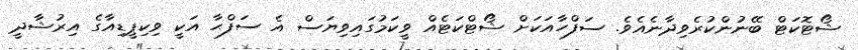
ޝޯޓޮކަޓް ބޭނުންކުރެވިދާނެއެވެ. ސަފްހާއަކަށް ޝޯޓްކަޓެއް ވީކަމުގައިވިޔަސް އެ ސަފްޙާ އަކީ ވިކިޕީޑިއާގެ އިރުޝާދީ